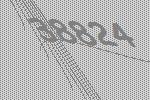
38824